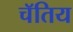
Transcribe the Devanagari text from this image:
चॅतिय